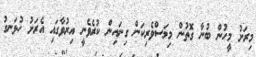
މިރަށު މީހުން ބުނާ ގޮތުން މިމަސްވެރިކަން ގިނައިން ކުރެވެނީ އިރުވާގައި އެރަށު ހުޅަނގު